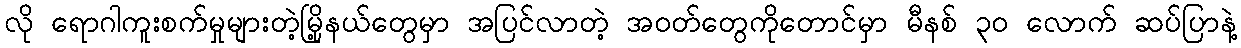
လို ရောဂါကူးစက်မှုများတဲ့မြို့နယ်တွေမှာ အပြင်လာတဲ့ အဝတ်တွေကိုတောင်မှာ မီနစ် ၃ဝ လောက် ဆပ်ပြာနဲ့